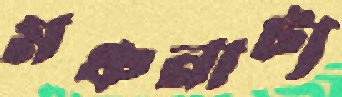
মঞ্চনাট্য